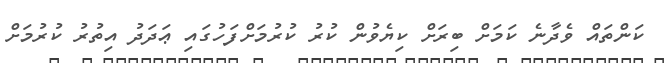
ކަންތައް ވެދާނެ ކަމަށް ބިރަށް ކިޔެވުން ކުރު ކުރުމަށްފަހުގައި ޢަދަދު އިތުރު ކުރުމަށް